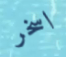
اسخر